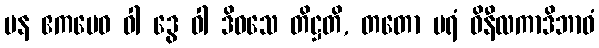
ပန ဧကမေဝ ဝါ ဒွေ ဝါ ဒိဝသေ တိဋ္ဌတိ, တတော ပရံ ဝိနီလကာဒိဘာဝံ